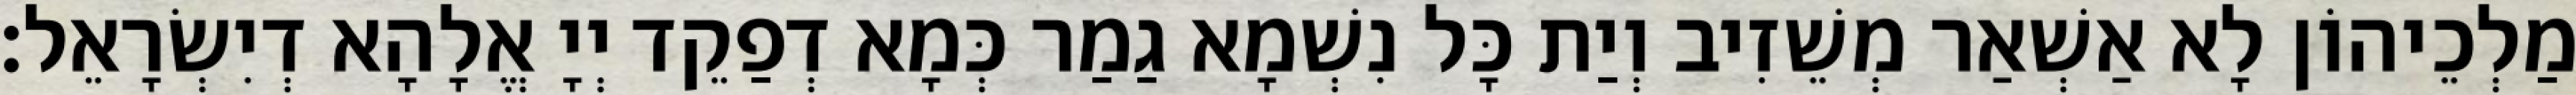
מַלְכֵיהוֹן לָא אַשְׁאַר מְשֵׁזִיב וְיַת כָּל נִשְׁמָא גַמַר כְּמָא דְפַקֵד יְיָ אֱלָהָא דְיִשְׂרָאֵל׃